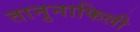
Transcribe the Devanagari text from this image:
तानुनाफिली